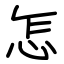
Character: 怎